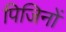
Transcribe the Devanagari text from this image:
पिजिनों